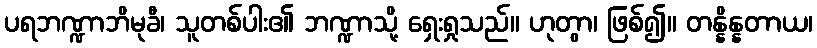
ပရဘဏ္ဍာဘိမုခီ၊ သူတစ်ပါး၏ ဘဏ္ဍာသို့ ရှေးရှုသည်။ ဟုတွာ၊ ဖြစ်၍။ တန္နိန္နတာယ၊